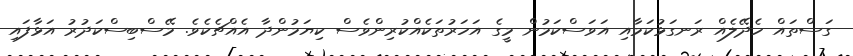
ގަސްތައް ހެދޭލެއް ރަނގަޅުކަމާއި އަވަސްކަމުން މީގެ އަހަރުތަކެއްކުރިންވެސް ކިޔަމުންދާ އެއްޗެކެވެ. މޭސްބިސްކަދުރު އަޅާފައި